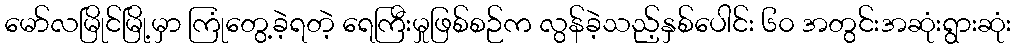
မော်လမြိုင်မြို့မှာ ကြုံတွေ့ခဲ့ရတဲ့ ရေကြီးမှုဖြစ်စဉ်က လွန်ခဲ့သည့်နှစ်ပေါင်း ၆၀ အတွင်းအဆုံးရွားဆုံး